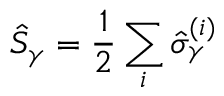
\hat { S } _ { \gamma } = \frac { 1 } { 2 } \sum _ { i } \hat { \sigma } _ { \gamma } ^ { ( i ) }